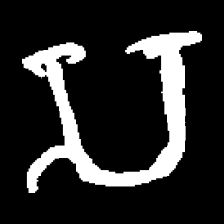
Pyu character \u2014 Myanmar letter: သ (romanized: sa)